Vaccination report Assam 1874-1896 - 1874-1896
Year: 1874
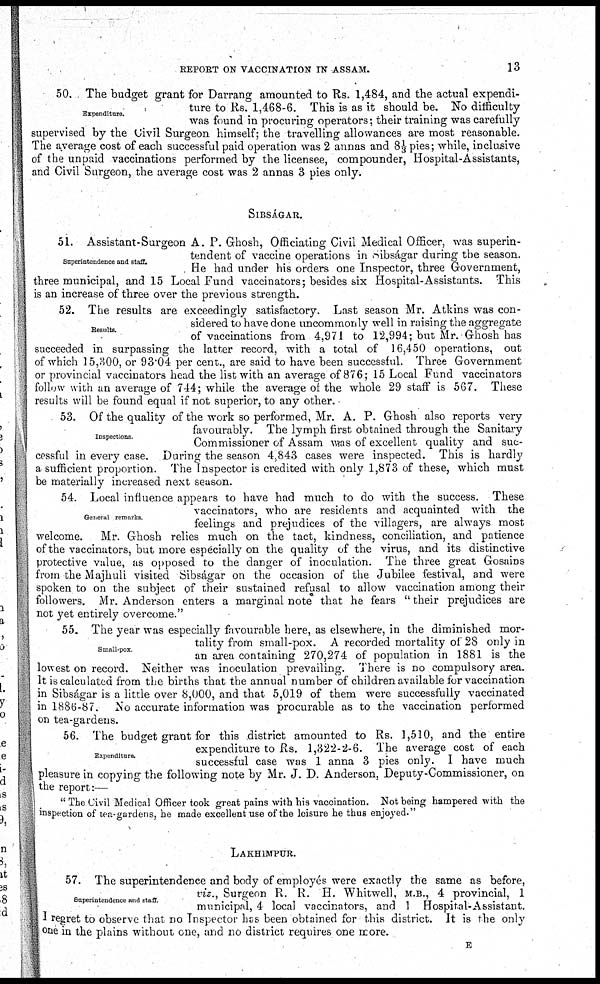
REPORT ON VACCINATION IN ASSAM.
13
Expenditure.
50. The budget grant for Darrang amounted to Rs. 1,484, and the actual expendi-
ture to Rs. 1,468-6. This is as it should be. No difficulty
was found in procuring operators; their training was carefully
supervised by the Civil Surgeon himself; the travelling allowances are most reasonable.
The average cost of each successful paid operation was 2 annas and 81/3 pies; while, inclusive
of the unpaid vaccinations performed by the licensee, compounder, Hospital-Assistants,
and Civil Surgeon, the average cost was 2 annas 3 pies only.
SIBSÁGAR.
Superintendence and staff.
51. Assistant-Surgeon A. P. Ghosh, Officiating Civil Medical Officer, was superin-
tendent of vaccine operations in Sibságar during the season.
He had under his orders one Inspector, three Government,
three municipal, and 15 Local Fund vaccinators; besides six Hospital-Assistants. This
is an increase of three over the previous strength.
Results.
52. The results are exceedingly satisfactory. Last season Mr. Atkins was con-
sidered to have done uncommonly well in raising the aggregate
of vaccinations from 4,971 to 12,994; but Mr. Ghosh has
succeeded in surpassing the latter record, with a total of 16,450 operations, out
of which 15,300, or 93.04 per cent., are said to have been successful. Three Government
or provincial vaccinators head the list with an average of 876; 15 Local Fund vaccinators
follow with an average of 744; while the average of the whole 29 staff is 567. These
results will be found equal if not superior, to any other.
Inspections.
53. Of the quality of the work so performed, Mr. A. P. Ghosh also reports very
favourably. The lymph first obtained through the Sanitary
Commissioner of Assam was of excellent quality and suc-
cessful in every case. During the season 4,843 cases were inspected. This is hardly
a sufficient proportion. The Inspector is credited with only 1,873 of these, which must
be materially increased next season.
General remarks.
54. Local influence appears to have had much to do with the success. These
vaccinators, who are residents and acquainted with the
feelings and prejudices of the villagers, are always most
welcome.
Mr. Ghosh relies much on the tact, kindness, conciliation, and patience
of the vaccinators, but more especially on the quality of the virus, and its distinctive
protective value, as opposed to the danger of inoculation. The three great Gosains
from the Majhuli visited Sibságar on the occasion of the Jubilee festival, and were
spoken to on the subject of their sustained refusal to allow vaccination among their
followers. Mr. Anderson enters a marginal note that he fears "their prejudices are
not yet entirely overcome."
Small-pox.
55. The year was especially favourable here, as elsewhere, in the diminished mor-
tality from small-pox. A recorded mortality of 28 only in
an area containing 270,274 of population in 1881 is the
lowest on record. Neither was inoculation prevailing. There is no compulsory area.
It is calculated from the births that the annual number of children available for vaccination
in Sibságar is a little over 8,000, and that 5,019 of them were successfully vaccinated
in 1886-87. No accurate information was procurable as to the vaccination performed
on tea-gardens.
Expenditure.
56. The budget grant for this district amounted to Rs. 1,510, and the entire
expenditure to Rs. 1,322-2-6. The average cost of each
successful case was 1 anna 3 pies only. I have much
pleasure in copying the following note by Mr. J. D. Anderson, Deputy-Commissioner, on
the report:—
" The Civil Medical Officer took great pains with his vaccination. Not being hampered with the
inspection of tea-gardens, he made excellent use of the leisure he thus enjoyed."
LAKHIMPUR.
Superintendence and staff.
57. The superintendence and body of employés were exactly the same as before,
viz., Surgeon R. R. H. Whitwell, M.B., 4 provincial, 1
municipal, 4 local vaccinators, and 1 Hospital-Assistant.
I regret to observe that no Inspector has been obtained for this district. It is the only
one in the plains without one, and no district requires one more.
E